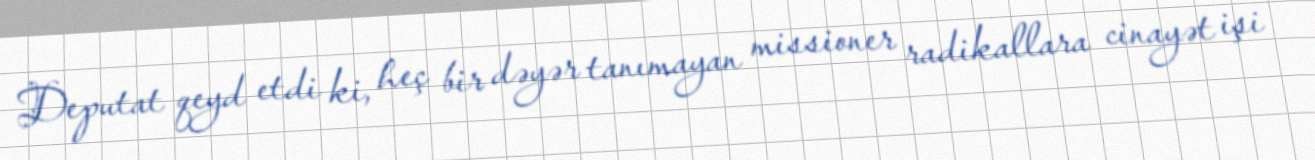
Deputat qeyd etdi ki, heç bir dəyər tanımayan missioner radikallara cinayət işi